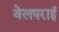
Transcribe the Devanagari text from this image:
वेलपराई